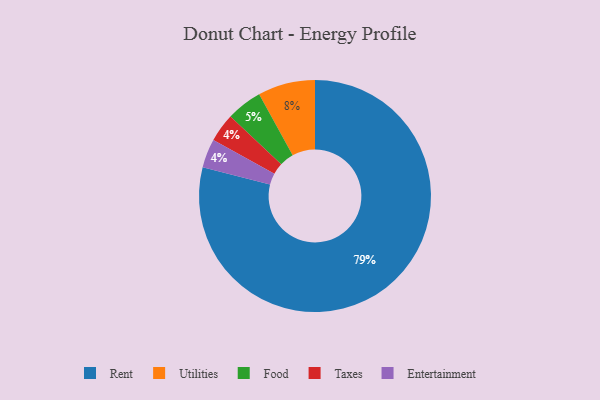
{"axis": {"x": "Category", "y": "Percentage"}, "legend": ["Entertainment", "Food", "Rent", "Taxes", "Utilities"], "data": [{"x": "Food", "y": 5, "type": "Food"}, {"x": "Rent", "y": 79, "type": "Rent"}, {"x": "Taxes", "y": 4, "type": "Taxes"}, {"x": "Utilities", "y": 8, "type": "Utilities"}, {"x": "Entertainment", "y": 4, "type": "Entertainment"}]}